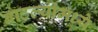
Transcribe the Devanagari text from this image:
बाटल्यांमध्ये